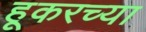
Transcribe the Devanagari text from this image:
हूकरच्या